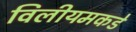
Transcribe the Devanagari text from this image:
विलीयमकडे